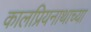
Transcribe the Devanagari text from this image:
कालप्रियनाथाच्या